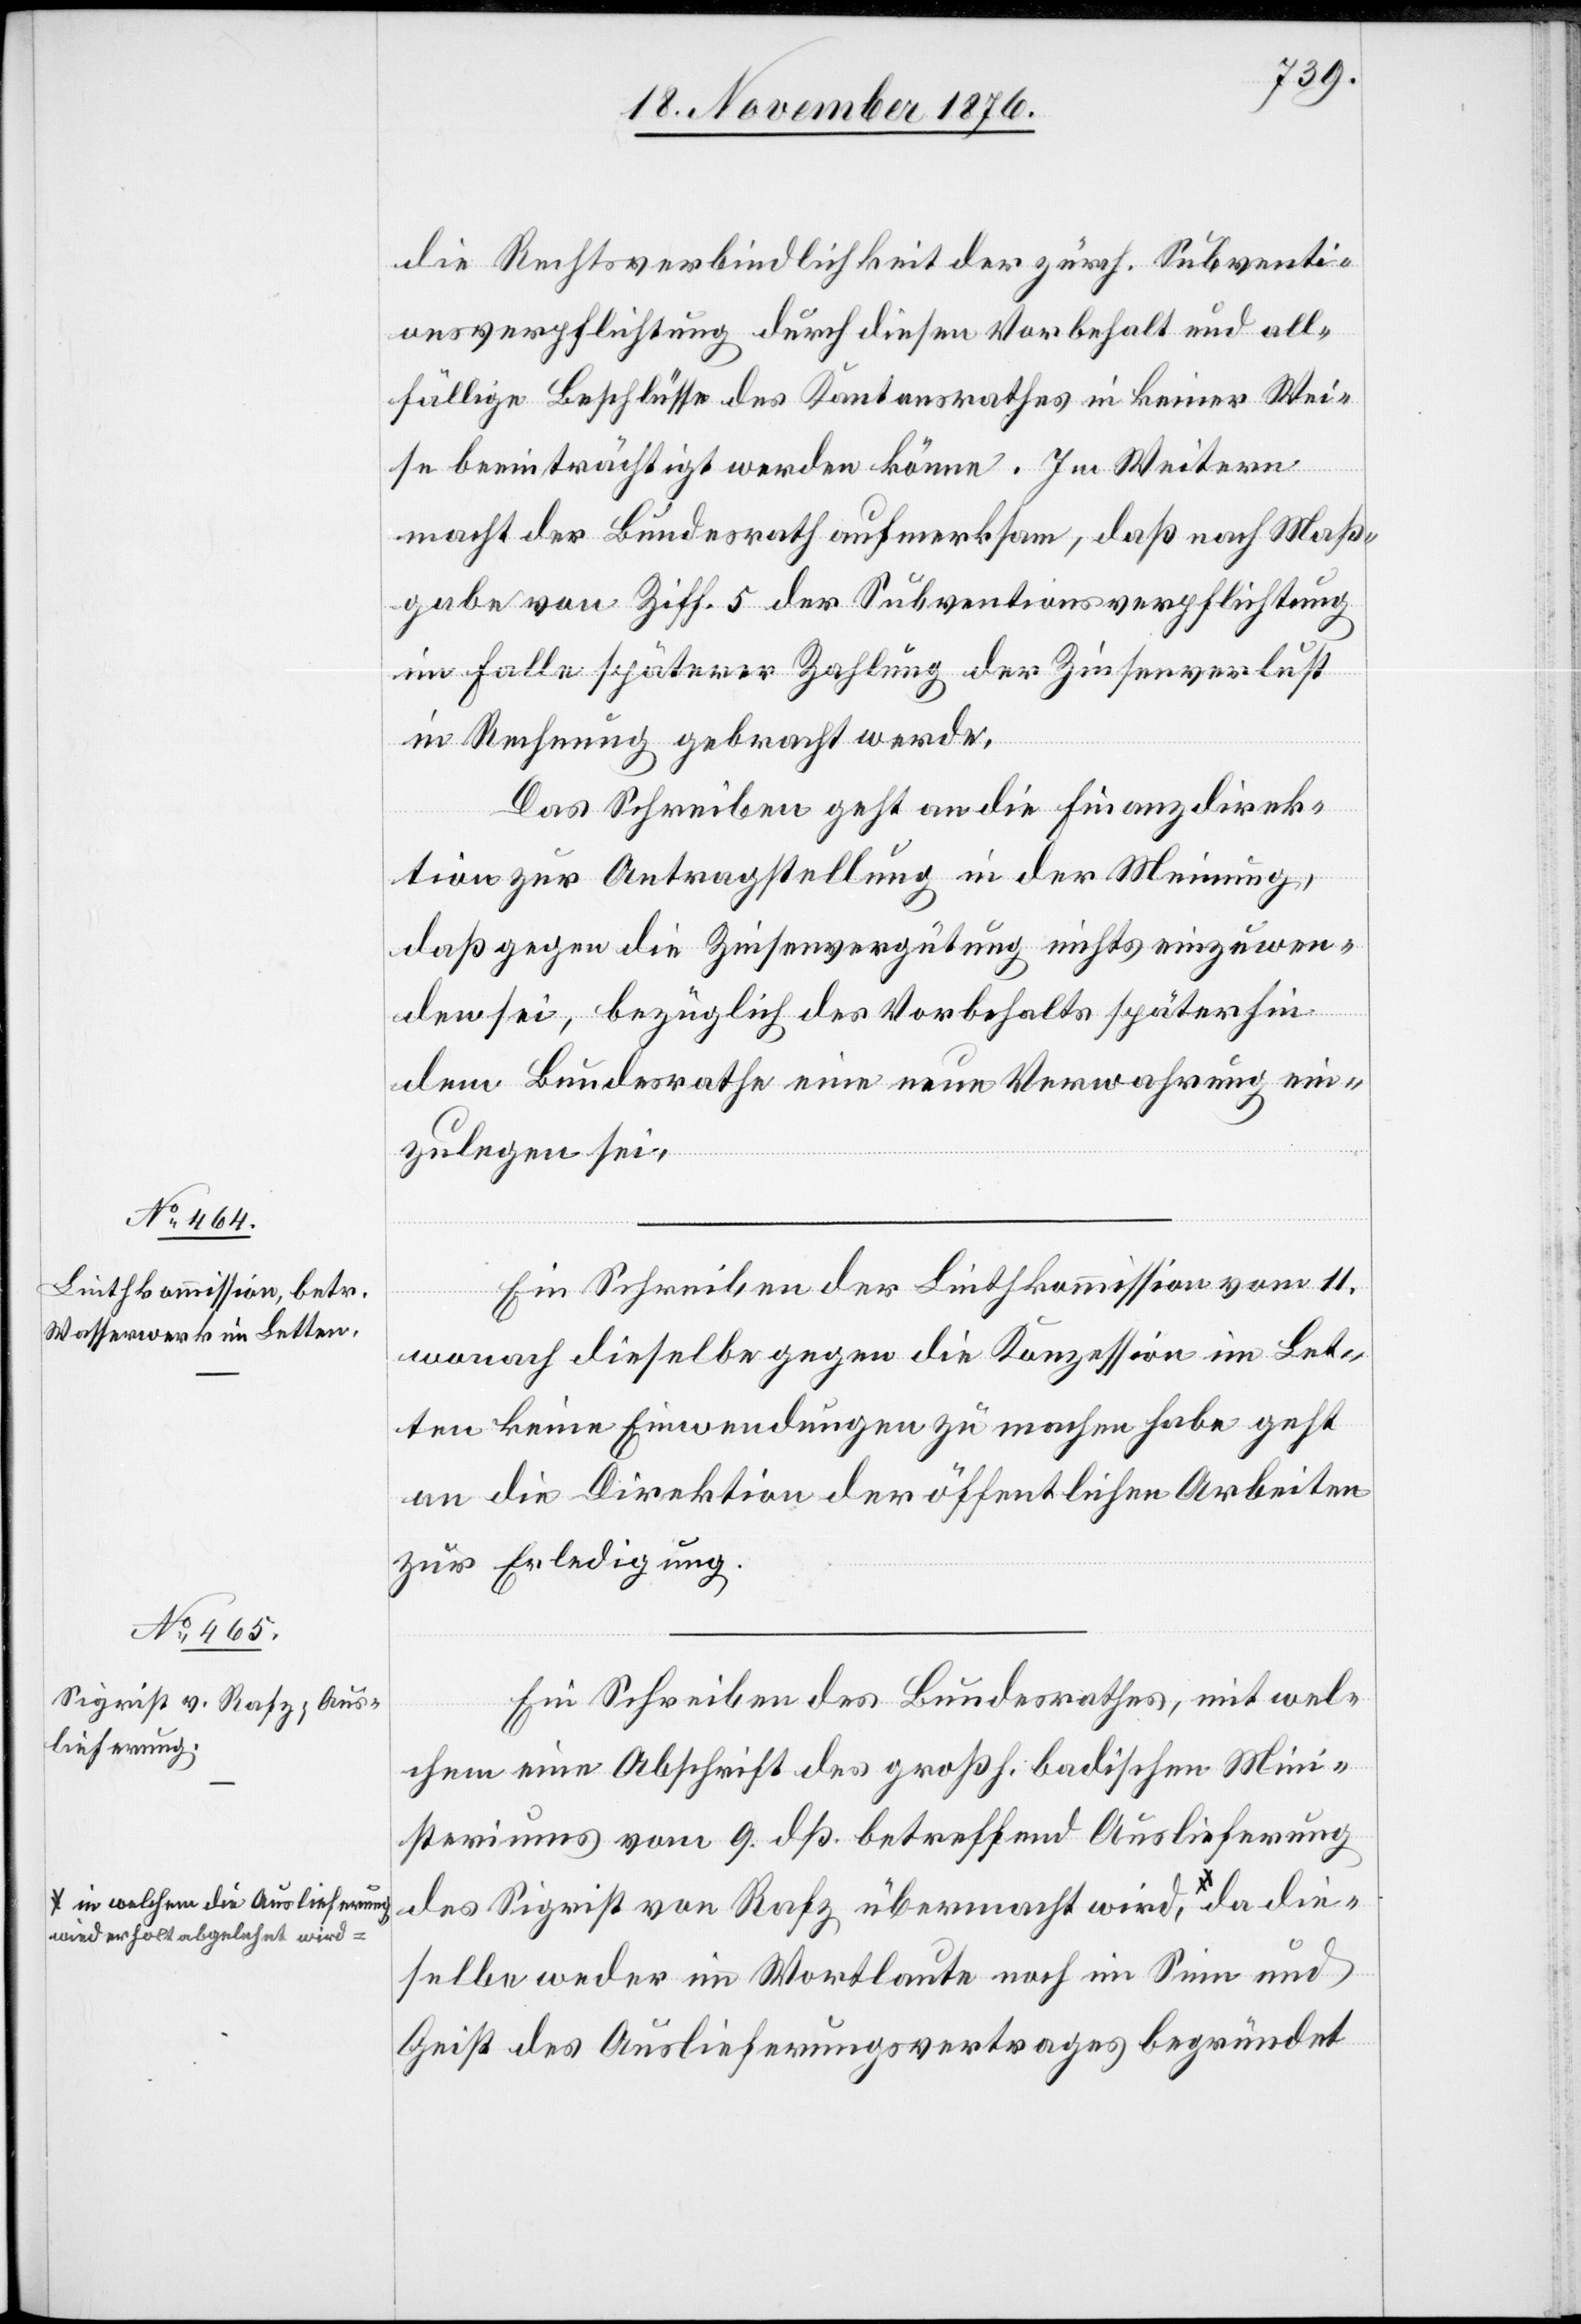
n welchem die Auslieferung
widerholt abgelehnt wird

die Rechtsverbindlichkeit der zürch. Subventi¬
onsverpflichtungen durch diesen Vorbehalt und all¬
fällige Beschlüsse des Kantonsrathes in keiner Wei¬
se beeinträchtigt werden könne. Im Weitern
die¬
macht der Bundesrath aufmerksam, daß nach Maß¬
gabe von Ziff. 5 der Subventionsverpflichtung
im Falle späterer Zahlung der Zinsverlust
in Rechnung gebracht werde.
Das Schreiben geht an die Finanzdirek¬
tion zur Antragstellung in der Meinung,
daß gegen die Zinsenvergütung nichts einzuwen¬
den sei, bezüglich des Vorbehalts späterhin
dem Bundesrathe eine neue Verwahrung ein¬
zulegen sei.
Ein Schreiben der Linthkommission vom 11.
wonach dieselbe gegen die Konzession im Let¬
ten keine Einwendungen zu machen habe geht
an die Direktion der öffentlichen Arbeiten
zur Erledigung.
Ein Schreiben des Bundesrathes, mit wel¬
chem eine Abschrift des großh. badischen Mini¬
steriums vom 9. dß. betreffend Auslieferung
des Sigrist von Rafz übermacht wird, a i¬
selbe weder im Wortlaute noch im Sinn und
Geist des Auslieferungsvertrages begründet